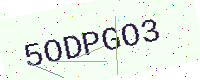
Text: 5ODPGO3